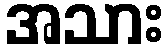
အသား